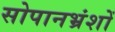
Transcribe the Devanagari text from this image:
सोपानभ्रंशों